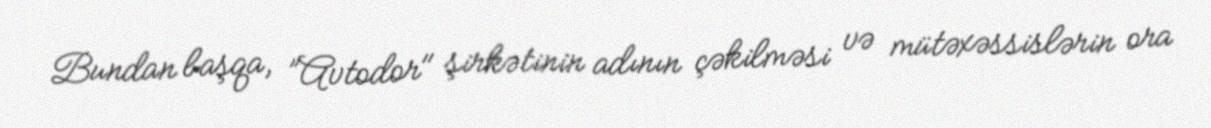
Bundan başqa, ”Avtodor" şirkətinin adının çəkilməsi və mütəxəssislərin ora